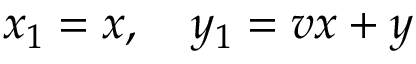
x _ { 1 } = x , \quad y _ { 1 } = v x + y